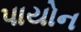
પાયોન